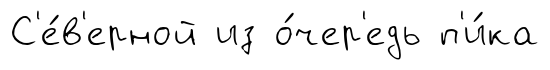
С'е́в'ерной из о́чер'едь п'и́ка